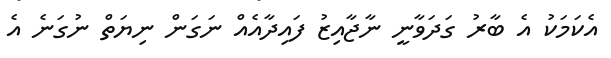
އެކަމަކު އެ ބާރު ގަދަވާނީ ނާޖާއިޒު ފައިދާއެއް ނަގަން ނިޔަތް ނުގަނެ އެ